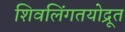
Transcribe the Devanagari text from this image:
शिवलिंगतयोद्रूत